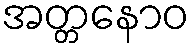
အတ္တနောဝ